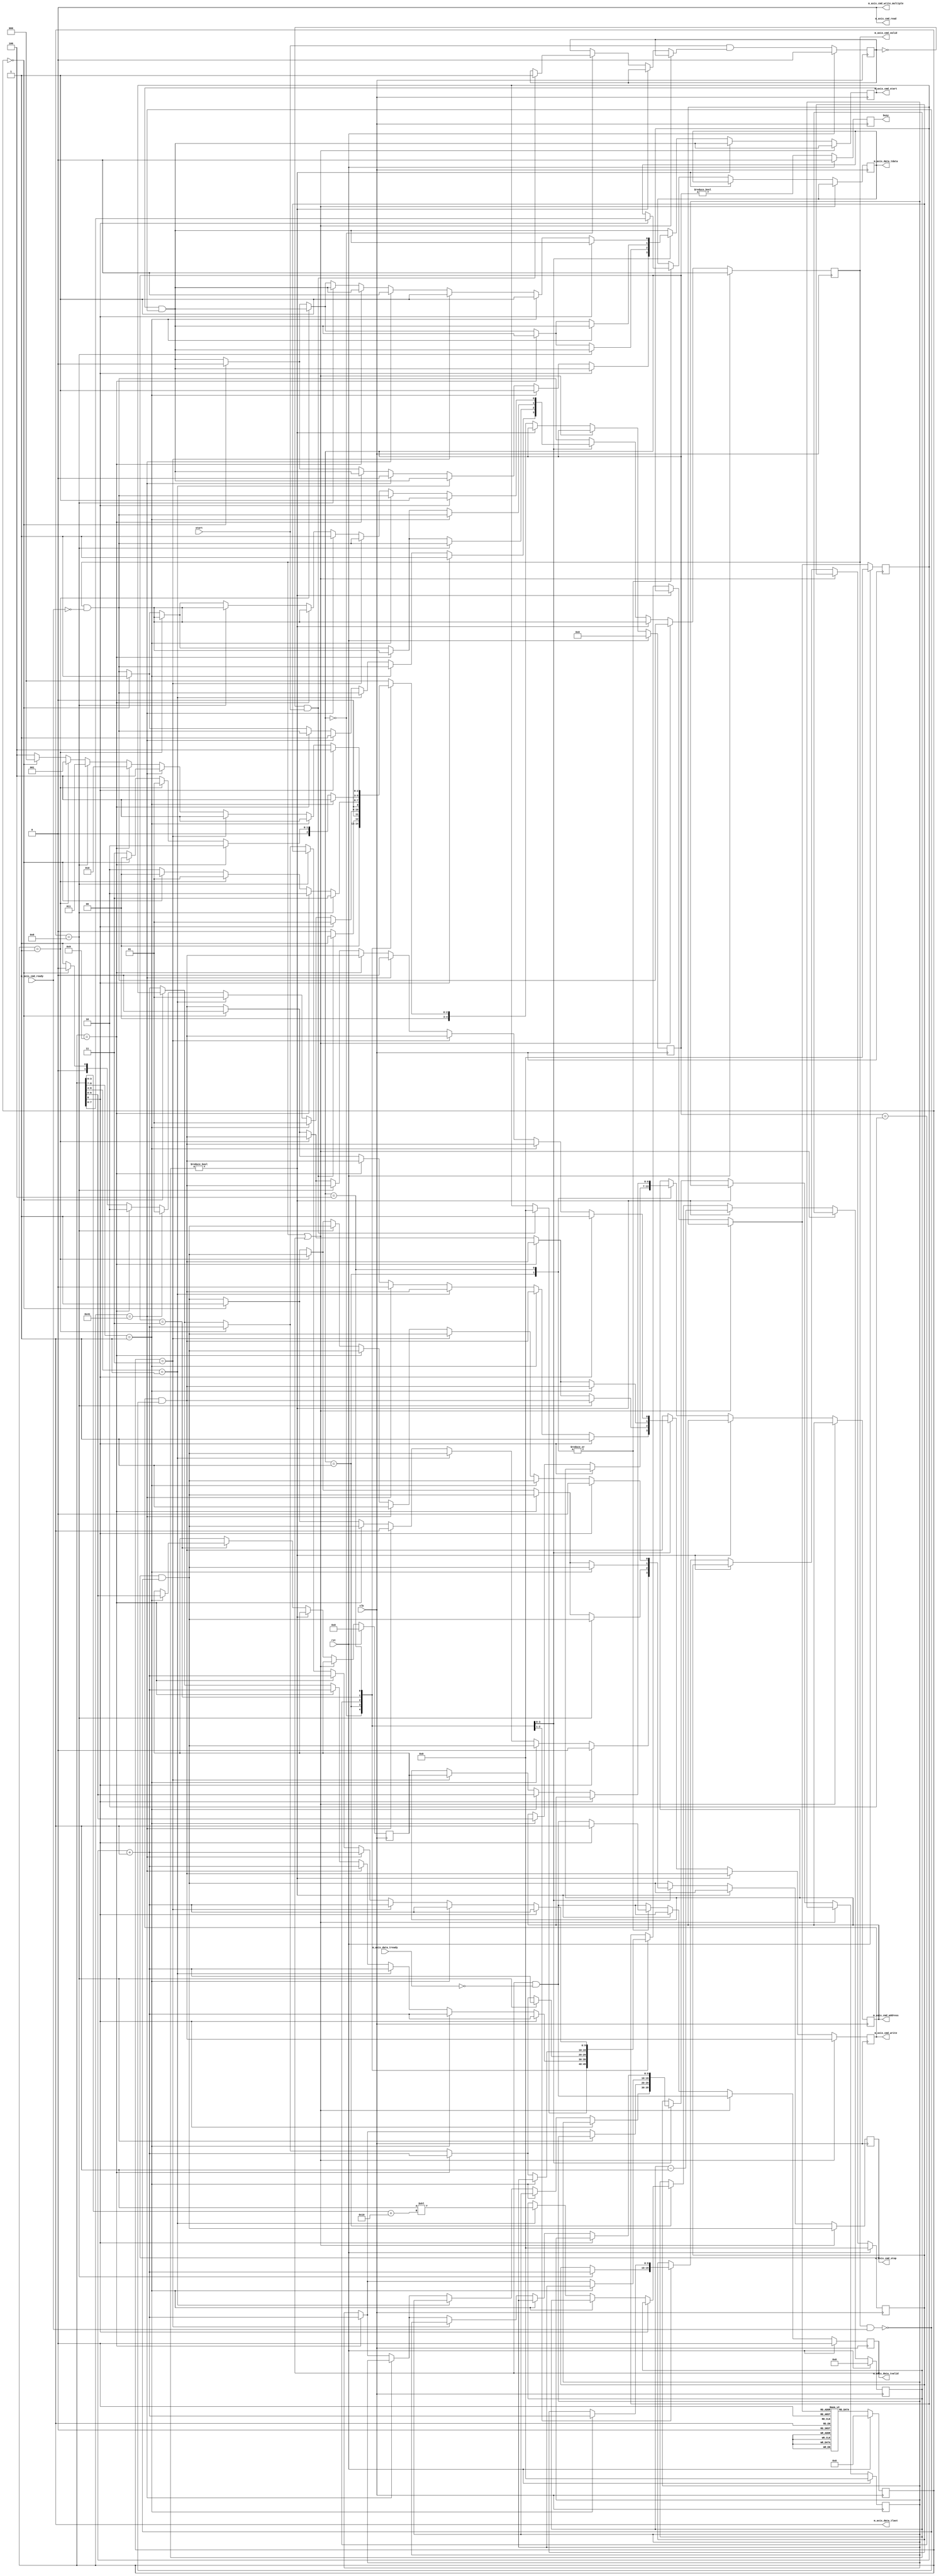
/*

Copyright (c) 2015-2021 Alex Forencich

Permission is hereby granted, free of charge, to any person obtaining a copy
of this software and associated documentation files (the "Software"), to deal
in the Software without restriction, including without limitation the rights
to use, copy, modify, merge, publish, distribute, sublicense, and/or sell
copies of the Software, and to permit persons to whom the Software is
furnished to do so, subject to the following conditions:

The above copyright notice and this permission notice shall be included in
all copies or substantial portions of the Software.

THE SOFTWARE IS PROVIDED "AS IS", WITHOUT WARRANTY OF ANY KIND, EXPRESS OR
IMPLIED, INCLUDING BUT NOT LIMITED TO THE WARRANTIES OF MERCHANTABILITY
FITNESS FOR A PARTICULAR PURPOSE AND NONINFRINGEMENT. IN NO EVENT SHALL THE
AUTHORS OR COPYRIGHT HOLDERS BE LIABLE FOR ANY CLAIM, DAMAGES OR OTHER
LIABILITY, WHETHER IN AN ACTION OF CONTRACT, TORT OR OTHERWISE, ARISING FROM,
OUT OF OR IN CONNECTION WITH THE SOFTWARE OR THE USE OR OTHER DEALINGS IN
THE SOFTWARE.

*/

// Language: Verilog 2001

`timescale 1ns / 1ps

/*
 * si5341_i2c_init
 */
module si5341_i2c_init (
    input  wire        clk,
    input  wire        rst,

    /*
     * I2C master interface
     */
    output wire [6:0]  m_axis_cmd_address,
    output wire        m_axis_cmd_start,
    output wire        m_axis_cmd_read,
    output wire        m_axis_cmd_write,
    output wire        m_axis_cmd_write_multiple,
    output wire        m_axis_cmd_stop,
    output wire        m_axis_cmd_valid,
    input  wire        m_axis_cmd_ready,

    output wire [7:0]  m_axis_data_tdata,
    output wire        m_axis_data_tvalid,
    input  wire        m_axis_data_tready,
    output wire        m_axis_data_tlast,

    /*
     * Status
     */
    output wire        busy,

    /*
     * Configuration
     */
    input  wire        start
);

/*

Generic module for I2C bus initialization.  Good for use when multiple devices
on an I2C bus must be initialized on system start without intervention of a
general-purpose processor.

Copy this file and change init_data and INIT_DATA_LEN as needed.

This module can be used in two modes: simple device initialization, or multiple
device initialization.  In multiple device mode, the same initialization sequence
can be performed on multiple different device addresses.

To use single device mode, only use the start write to address and write data commands.
The module will generate the I2C commands in sequential order.  Terminate the list
with a 0 entry.

To use the multiple device mode, use the start data and start address block commands
to set up lists of initialization data and device addresses.  The module enters
multiple device mode upon seeing a start data block command.  The module stores the
offset of the start of the data block and then skips ahead until it reaches a start
address block command.  The module will store the offset to the address block and
read the first address in the block.  Then it will jump back to the data block
and execute it, substituting the stored address for each current address write
command.  Upon reaching the start address block command, the module will read out the
next address and start again at the top of the data block.  If the module encounters
a start data block command while looking for an address, then it will store a new data
offset and then look for a start address block command.  Terminate the list with a 0
entry.  Normal address commands will operate normally inside a data block.

Commands:

00 0000000 : stop
00 0000001 : exit multiple device mode
00 0000011 : start write to current address
00 0001000 : start address block
00 0001001 : start data block
00 001dddd : delay 2**(16+d) cycles
00 1000001 : send I2C stop
01 aaaaaaa : start write to address
1 dddddddd : write 8-bit data

Examples

write 0x11223344 to register 0x0004 on device at 0x50

01 1010000  start write to 0x50
1 00000000  write address 0x0004
1 00000100
1 00010001  write data 0x11223344
1 00100010
1 00110011
1 01000100
0 00000000  stop

write 0x11223344 to register 0x0004 on devices at 0x50, 0x51, 0x52, and 0x53

00 0001001  start data block
00 0000011  start write to current address
1 00000000  write address 0x0004
1 00000100
1 00010001  write data 0x11223344
1 00100010
1 00110011
1 01000100
00 0001000  start address block
01 1010000  address 0x50
01 1010001  address 0x51
01 1010010  address 0x52
01 1010011  address 0x53
00 0000000  stop

*/

// init_data ROM
localparam INIT_DATA_LEN = 536;

reg [8:0] init_data [INIT_DATA_LEN-1:0];

initial begin
    // Initial delay
    init_data[0] = 9'b000010110; // delay 30 ms
    // Set muxes to select Si5341
    init_data[1] = {2'b01, 7'h70};
    init_data[2] = {1'b1,  8'h00};
    init_data[3] = 9'b001000001; // I2C stop
    init_data[4] = {2'b01, 7'h71};
    init_data[5] = {1'b1,  8'h04};
    init_data[6] = 9'b001000001; // I2C stop
    // Si534x/7x/8x/9x Registers Script
    // 
    // Part: Si5341
    // Project File: C:\Users\Alex\Documents\Si5341-RevD-fpga-161-osc-Project.slabtimeproj
    // Design ID: fpga
    // Includes Pre/Post Download Control Register Writes: Yes
    // Die Revision: B1
    // Creator: ClockBuilder Pro v3.1 [2021-01-18]
    // 
    // Start configuration preamble
    init_data[7] = {2'b01, 7'h77};
    init_data[8] = {1'b1,  8'h01};
    init_data[9] = {1'b1,  8'h0b}; // set page 0x0b
    init_data[10] = {2'b01, 7'h77};
    init_data[11] = {1'b1,  8'h24};
    init_data[12] = {1'b1,  8'hc0}; // write 0xc0 to 0x0b24
    init_data[13] = {1'b1,  8'h00}; // write 0x00 to 0x0b25
    // Rev D stuck divider fix
    init_data[14] = {2'b01, 7'h77};
    init_data[15] = {1'b1,  8'h01};
    init_data[16] = {1'b1,  8'h05}; // set page 0x05
    init_data[17] = {2'b01, 7'h77};
    init_data[18] = {1'b1,  8'h02};
    init_data[19] = {1'b1,  8'h01}; // write 0x01 to 0x0502
    init_data[20] = {2'b01, 7'h77};
    init_data[21] = {1'b1,  8'h05};
    init_data[22] = {1'b1,  8'h03}; // write 0x03 to 0x0505
    init_data[23] = {2'b01, 7'h77};
    init_data[24] = {1'b1,  8'h01};
    init_data[25] = {1'b1,  8'h09}; // set page 0x09
    init_data[26] = {2'b01, 7'h77};
    init_data[27] = {1'b1,  8'h57};
    init_data[28] = {1'b1,  8'h17}; // write 0x17 to 0x0957
    init_data[29] = {2'b01, 7'h77};
    init_data[30] = {1'b1,  8'h01};
    init_data[31] = {1'b1,  8'h0b}; // set page 0x0b
    init_data[32] = {2'b01, 7'h77};
    init_data[33] = {1'b1,  8'h4e};
    init_data[34] = {1'b1,  8'h1a}; // write 0x1a to 0x0b4e
    // End configuration preamble
    // 
    // Delay 300 msec
    init_data[35] = 9'b000011010; // delay 300 ms
    // Delay is worst case time for device to complete any calibration
    // that is running due to device state change previous to this script
    // being processed.
    // 
    // Start configuration registers
    init_data[36] = {2'b01, 7'h77};
    init_data[37] = {1'b1,  8'h01};
    init_data[38] = {1'b1,  8'h00}; // set page 0x00
    init_data[39] = {2'b01, 7'h77};
    init_data[40] = {1'b1,  8'h06};
    init_data[41] = {1'b1,  8'h00}; // write 0x00 to 0x0006
    init_data[42] = {1'b1,  8'h00}; // write 0x00 to 0x0007
    init_data[43] = {1'b1,  8'h00}; // write 0x00 to 0x0008
    init_data[44] = {2'b01, 7'h77};
    init_data[45] = {1'b1,  8'h0b};
    init_data[46] = {1'b1,  8'h74}; // write 0x74 to 0x000b
    init_data[47] = {2'b01, 7'h77};
    init_data[48] = {1'b1,  8'h17};
    init_data[49] = {1'b1,  8'hd0}; // write 0xd0 to 0x0017
    init_data[50] = {1'b1,  8'hfc}; // write 0xfc to 0x0018
    init_data[51] = {2'b01, 7'h77};
    init_data[52] = {1'b1,  8'h21};
    init_data[53] = {1'b1,  8'h0b}; // write 0x0b to 0x0021
    init_data[54] = {1'b1,  8'h00}; // write 0x00 to 0x0022
    init_data[55] = {2'b01, 7'h77};
    init_data[56] = {1'b1,  8'h2b};
    init_data[57] = {1'b1,  8'h02}; // write 0x02 to 0x002b
    init_data[58] = {1'b1,  8'h33}; // write 0x33 to 0x002c
    init_data[59] = {1'b1,  8'h05}; // write 0x05 to 0x002d
    init_data[60] = {1'b1,  8'hae}; // write 0xae to 0x002e
    init_data[61] = {1'b1,  8'h00}; // write 0x00 to 0x002f
    init_data[62] = {1'b1,  8'hae}; // write 0xae to 0x0030
    init_data[63] = {1'b1,  8'h00}; // write 0x00 to 0x0031
    init_data[64] = {1'b1,  8'h00}; // write 0x00 to 0x0032
    init_data[65] = {1'b1,  8'h00}; // write 0x00 to 0x0033
    init_data[66] = {1'b1,  8'h00}; // write 0x00 to 0x0034
    init_data[67] = {1'b1,  8'h00}; // write 0x00 to 0x0035
    init_data[68] = {1'b1,  8'hae}; // write 0xae to 0x0036
    init_data[69] = {1'b1,  8'h00}; // write 0x00 to 0x0037
    init_data[70] = {1'b1,  8'hae}; // write 0xae to 0x0038
    init_data[71] = {1'b1,  8'h00}; // write 0x00 to 0x0039
    init_data[72] = {1'b1,  8'h00}; // write 0x00 to 0x003a
    init_data[73] = {1'b1,  8'h00}; // write 0x00 to 0x003b
    init_data[74] = {1'b1,  8'h00}; // write 0x00 to 0x003c
    init_data[75] = {1'b1,  8'h00}; // write 0x00 to 0x003d
    init_data[76] = {2'b01, 7'h77};
    init_data[77] = {1'b1,  8'h41};
    init_data[78] = {1'b1,  8'h07}; // write 0x07 to 0x0041
    init_data[79] = {1'b1,  8'h07}; // write 0x07 to 0x0042
    init_data[80] = {1'b1,  8'h00}; // write 0x00 to 0x0043
    init_data[81] = {1'b1,  8'h00}; // write 0x00 to 0x0044
    init_data[82] = {2'b01, 7'h77};
    init_data[83] = {1'b1,  8'h9e};
    init_data[84] = {1'b1,  8'h00}; // write 0x00 to 0x009e
    init_data[85] = {2'b01, 7'h77};
    init_data[86] = {1'b1,  8'h01};
    init_data[87] = {1'b1,  8'h01}; // set page 0x01
    init_data[88] = {2'b01, 7'h77};
    init_data[89] = {1'b1,  8'h02};
    init_data[90] = {1'b1,  8'h01}; // write 0x01 to 0x0102
    init_data[91] = {2'b01, 7'h77};
    init_data[92] = {1'b1,  8'h08};
    init_data[93] = {1'b1,  8'h06}; // write 0x06 to 0x0108
    init_data[94] = {1'b1,  8'h09}; // write 0x09 to 0x0109
    init_data[95] = {1'b1,  8'h3b}; // write 0x3b to 0x010a
    init_data[96] = {1'b1,  8'h28}; // write 0x28 to 0x010b
    init_data[97] = {2'b01, 7'h77};
    init_data[98] = {1'b1,  8'h0d};
    init_data[99] = {1'b1,  8'h06}; // write 0x06 to 0x010d
    init_data[100] = {1'b1,  8'h09}; // write 0x09 to 0x010e
    init_data[101] = {1'b1,  8'h3b}; // write 0x3b to 0x010f
    init_data[102] = {1'b1,  8'h28}; // write 0x28 to 0x0110
    init_data[103] = {2'b01, 7'h77};
    init_data[104] = {1'b1,  8'h12};
    init_data[105] = {1'b1,  8'h02}; // write 0x02 to 0x0112
    init_data[106] = {1'b1,  8'h09}; // write 0x09 to 0x0113
    init_data[107] = {1'b1,  8'h3b}; // write 0x3b to 0x0114
    init_data[108] = {1'b1,  8'h2c}; // write 0x2c to 0x0115
    init_data[109] = {2'b01, 7'h77};
    init_data[110] = {1'b1,  8'h17};
    init_data[111] = {1'b1,  8'h06}; // write 0x06 to 0x0117
    init_data[112] = {1'b1,  8'h09}; // write 0x09 to 0x0118
    init_data[113] = {1'b1,  8'h3b}; // write 0x3b to 0x0119
    init_data[114] = {1'b1,  8'h29}; // write 0x29 to 0x011a
    init_data[115] = {2'b01, 7'h77};
    init_data[116] = {1'b1,  8'h1c};
    init_data[117] = {1'b1,  8'h06}; // write 0x06 to 0x011c
    init_data[118] = {1'b1,  8'h09}; // write 0x09 to 0x011d
    init_data[119] = {1'b1,  8'h3b}; // write 0x3b to 0x011e
    init_data[120] = {1'b1,  8'h29}; // write 0x29 to 0x011f
    init_data[121] = {2'b01, 7'h77};
    init_data[122] = {1'b1,  8'h21};
    init_data[123] = {1'b1,  8'h06}; // write 0x06 to 0x0121
    init_data[124] = {1'b1,  8'h09}; // write 0x09 to 0x0122
    init_data[125] = {1'b1,  8'h3b}; // write 0x3b to 0x0123
    init_data[126] = {1'b1,  8'h2a}; // write 0x2a to 0x0124
    init_data[127] = {2'b01, 7'h77};
    init_data[128] = {1'b1,  8'h26};
    init_data[129] = {1'b1,  8'h06}; // write 0x06 to 0x0126
    init_data[130] = {1'b1,  8'h09}; // write 0x09 to 0x0127
    init_data[131] = {1'b1,  8'h3b}; // write 0x3b to 0x0128
    init_data[132] = {1'b1,  8'h2a}; // write 0x2a to 0x0129
    init_data[133] = {2'b01, 7'h77};
    init_data[134] = {1'b1,  8'h2b};
    init_data[135] = {1'b1,  8'h06}; // write 0x06 to 0x012b
    init_data[136] = {1'b1,  8'h09}; // write 0x09 to 0x012c
    init_data[137] = {1'b1,  8'h3b}; // write 0x3b to 0x012d
    init_data[138] = {1'b1,  8'h2b}; // write 0x2b to 0x012e
    init_data[139] = {2'b01, 7'h77};
    init_data[140] = {1'b1,  8'h30};
    init_data[141] = {1'b1,  8'h06}; // write 0x06 to 0x0130
    init_data[142] = {1'b1,  8'h09}; // write 0x09 to 0x0131
    init_data[143] = {1'b1,  8'h3b}; // write 0x3b to 0x0132
    init_data[144] = {1'b1,  8'h2b}; // write 0x2b to 0x0133
    init_data[145] = {2'b01, 7'h77};
    init_data[146] = {1'b1,  8'h3a};
    init_data[147] = {1'b1,  8'h06}; // write 0x06 to 0x013a
    init_data[148] = {1'b1,  8'h09}; // write 0x09 to 0x013b
    init_data[149] = {1'b1,  8'h3b}; // write 0x3b to 0x013c
    init_data[150] = {1'b1,  8'h2b}; // write 0x2b to 0x013d
    init_data[151] = {2'b01, 7'h77};
    init_data[152] = {1'b1,  8'h3f};
    init_data[153] = {1'b1,  8'h00}; // write 0x00 to 0x013f
    init_data[154] = {1'b1,  8'h00}; // write 0x00 to 0x0140
    init_data[155] = {1'b1,  8'h40}; // write 0x40 to 0x0141
    init_data[156] = {2'b01, 7'h77};
    init_data[157] = {1'b1,  8'h01};
    init_data[158] = {1'b1,  8'h02}; // set page 0x02
    init_data[159] = {2'b01, 7'h77};
    init_data[160] = {1'b1,  8'h06};
    init_data[161] = {1'b1,  8'h00}; // write 0x00 to 0x0206
    init_data[162] = {2'b01, 7'h77};
    init_data[163] = {1'b1,  8'h08};
    init_data[164] = {1'b1,  8'h02}; // write 0x02 to 0x0208
    init_data[165] = {1'b1,  8'h00}; // write 0x00 to 0x0209
    init_data[166] = {1'b1,  8'h00}; // write 0x00 to 0x020a
    init_data[167] = {1'b1,  8'h00}; // write 0x00 to 0x020b
    init_data[168] = {1'b1,  8'h00}; // write 0x00 to 0x020c
    init_data[169] = {1'b1,  8'h00}; // write 0x00 to 0x020d
    init_data[170] = {1'b1,  8'h01}; // write 0x01 to 0x020e
    init_data[171] = {1'b1,  8'h00}; // write 0x00 to 0x020f
    init_data[172] = {1'b1,  8'h00}; // write 0x00 to 0x0210
    init_data[173] = {1'b1,  8'h00}; // write 0x00 to 0x0211
    init_data[174] = {1'b1,  8'h02}; // write 0x02 to 0x0212
    init_data[175] = {1'b1,  8'h00}; // write 0x00 to 0x0213
    init_data[176] = {1'b1,  8'h00}; // write 0x00 to 0x0214
    init_data[177] = {1'b1,  8'h00}; // write 0x00 to 0x0215
    init_data[178] = {1'b1,  8'h00}; // write 0x00 to 0x0216
    init_data[179] = {1'b1,  8'h00}; // write 0x00 to 0x0217
    init_data[180] = {1'b1,  8'h01}; // write 0x01 to 0x0218
    init_data[181] = {1'b1,  8'h00}; // write 0x00 to 0x0219
    init_data[182] = {1'b1,  8'h00}; // write 0x00 to 0x021a
    init_data[183] = {1'b1,  8'h00}; // write 0x00 to 0x021b
    init_data[184] = {1'b1,  8'h00}; // write 0x00 to 0x021c
    init_data[185] = {1'b1,  8'h00}; // write 0x00 to 0x021d
    init_data[186] = {1'b1,  8'h00}; // write 0x00 to 0x021e
    init_data[187] = {1'b1,  8'h00}; // write 0x00 to 0x021f
    init_data[188] = {1'b1,  8'h00}; // write 0x00 to 0x0220
    init_data[189] = {1'b1,  8'h00}; // write 0x00 to 0x0221
    init_data[190] = {1'b1,  8'h00}; // write 0x00 to 0x0222
    init_data[191] = {1'b1,  8'h00}; // write 0x00 to 0x0223
    init_data[192] = {1'b1,  8'h00}; // write 0x00 to 0x0224
    init_data[193] = {1'b1,  8'h00}; // write 0x00 to 0x0225
    init_data[194] = {1'b1,  8'h00}; // write 0x00 to 0x0226
    init_data[195] = {1'b1,  8'h00}; // write 0x00 to 0x0227
    init_data[196] = {1'b1,  8'h00}; // write 0x00 to 0x0228
    init_data[197] = {1'b1,  8'h00}; // write 0x00 to 0x0229
    init_data[198] = {1'b1,  8'h00}; // write 0x00 to 0x022a
    init_data[199] = {1'b1,  8'h00}; // write 0x00 to 0x022b
    init_data[200] = {1'b1,  8'h00}; // write 0x00 to 0x022c
    init_data[201] = {1'b1,  8'h00}; // write 0x00 to 0x022d
    init_data[202] = {1'b1,  8'h00}; // write 0x00 to 0x022e
    init_data[203] = {1'b1,  8'h00}; // write 0x00 to 0x022f
    init_data[204] = {2'b01, 7'h77};
    init_data[205] = {1'b1,  8'h35};
    init_data[206] = {1'b1,  8'h00}; // write 0x00 to 0x0235
    init_data[207] = {1'b1,  8'h00}; // write 0x00 to 0x0236
    init_data[208] = {1'b1,  8'h00}; // write 0x00 to 0x0237
    init_data[209] = {1'b1,  8'h90}; // write 0x90 to 0x0238
    init_data[210] = {1'b1,  8'h54}; // write 0x54 to 0x0239
    init_data[211] = {1'b1,  8'h00}; // write 0x00 to 0x023a
    init_data[212] = {1'b1,  8'h00}; // write 0x00 to 0x023b
    init_data[213] = {1'b1,  8'h00}; // write 0x00 to 0x023c
    init_data[214] = {1'b1,  8'h00}; // write 0x00 to 0x023d
    init_data[215] = {1'b1,  8'h80}; // write 0x80 to 0x023e
    init_data[216] = {2'b01, 7'h77};
    init_data[217] = {1'b1,  8'h4a};
    init_data[218] = {1'b1,  8'h00}; // write 0x00 to 0x024a
    init_data[219] = {1'b1,  8'h00}; // write 0x00 to 0x024b
    init_data[220] = {1'b1,  8'h00}; // write 0x00 to 0x024c
    init_data[221] = {1'b1,  8'h00}; // write 0x00 to 0x024d
    init_data[222] = {1'b1,  8'h00}; // write 0x00 to 0x024e
    init_data[223] = {1'b1,  8'h00}; // write 0x00 to 0x024f
    init_data[224] = {1'b1,  8'h03}; // write 0x03 to 0x0250
    init_data[225] = {1'b1,  8'h00}; // write 0x00 to 0x0251
    init_data[226] = {1'b1,  8'h00}; // write 0x00 to 0x0252
    init_data[227] = {1'b1,  8'h00}; // write 0x00 to 0x0253
    init_data[228] = {1'b1,  8'h00}; // write 0x00 to 0x0254
    init_data[229] = {1'b1,  8'h00}; // write 0x00 to 0x0255
    init_data[230] = {1'b1,  8'h00}; // write 0x00 to 0x0256
    init_data[231] = {1'b1,  8'h00}; // write 0x00 to 0x0257
    init_data[232] = {1'b1,  8'h00}; // write 0x00 to 0x0258
    init_data[233] = {1'b1,  8'h00}; // write 0x00 to 0x0259
    init_data[234] = {1'b1,  8'h00}; // write 0x00 to 0x025a
    init_data[235] = {1'b1,  8'h00}; // write 0x00 to 0x025b
    init_data[236] = {1'b1,  8'h00}; // write 0x00 to 0x025c
    init_data[237] = {1'b1,  8'h00}; // write 0x00 to 0x025d
    init_data[238] = {1'b1,  8'h00}; // write 0x00 to 0x025e
    init_data[239] = {1'b1,  8'h00}; // write 0x00 to 0x025f
    init_data[240] = {1'b1,  8'h00}; // write 0x00 to 0x0260
    init_data[241] = {1'b1,  8'h00}; // write 0x00 to 0x0261
    init_data[242] = {1'b1,  8'h00}; // write 0x00 to 0x0262
    init_data[243] = {1'b1,  8'h00}; // write 0x00 to 0x0263
    init_data[244] = {1'b1,  8'h00}; // write 0x00 to 0x0264
    init_data[245] = {2'b01, 7'h77};
    init_data[246] = {1'b1,  8'h68};
    init_data[247] = {1'b1,  8'h00}; // write 0x00 to 0x0268
    init_data[248] = {1'b1,  8'h00}; // write 0x00 to 0x0269
    init_data[249] = {1'b1,  8'h00}; // write 0x00 to 0x026a
    init_data[250] = {1'b1,  8'h66}; // write 0x66 to 0x026b
    init_data[251] = {1'b1,  8'h70}; // write 0x70 to 0x026c
    init_data[252] = {1'b1,  8'h67}; // write 0x67 to 0x026d
    init_data[253] = {1'b1,  8'h61}; // write 0x61 to 0x026e
    init_data[254] = {1'b1,  8'h00}; // write 0x00 to 0x026f
    init_data[255] = {1'b1,  8'h00}; // write 0x00 to 0x0270
    init_data[256] = {1'b1,  8'h00}; // write 0x00 to 0x0271
    init_data[257] = {1'b1,  8'h00}; // write 0x00 to 0x0272
    init_data[258] = {2'b01, 7'h77};
    init_data[259] = {1'b1,  8'h01};
    init_data[260] = {1'b1,  8'h03}; // set page 0x03
    init_data[261] = {2'b01, 7'h77};
    init_data[262] = {1'b1,  8'h02};
    init_data[263] = {1'b1,  8'h00}; // write 0x00 to 0x0302
    init_data[264] = {1'b1,  8'h00}; // write 0x00 to 0x0303
    init_data[265] = {1'b1,  8'h00}; // write 0x00 to 0x0304
    init_data[266] = {1'b1,  8'h80}; // write 0x80 to 0x0305
    init_data[267] = {1'b1,  8'h14}; // write 0x14 to 0x0306
    init_data[268] = {1'b1,  8'h00}; // write 0x00 to 0x0307
    init_data[269] = {1'b1,  8'h00}; // write 0x00 to 0x0308
    init_data[270] = {1'b1,  8'h00}; // write 0x00 to 0x0309
    init_data[271] = {1'b1,  8'h00}; // write 0x00 to 0x030a
    init_data[272] = {1'b1,  8'h80}; // write 0x80 to 0x030b
    init_data[273] = {1'b1,  8'h00}; // write 0x00 to 0x030c
    init_data[274] = {1'b1,  8'h00}; // write 0x00 to 0x030d
    init_data[275] = {1'b1,  8'h00}; // write 0x00 to 0x030e
    init_data[276] = {1'b1,  8'h00}; // write 0x00 to 0x030f
    init_data[277] = {1'b1,  8'h80}; // write 0x80 to 0x0310
    init_data[278] = {1'b1,  8'h14}; // write 0x14 to 0x0311
    init_data[279] = {1'b1,  8'h00}; // write 0x00 to 0x0312
    init_data[280] = {1'b1,  8'h00}; // write 0x00 to 0x0313
    init_data[281] = {1'b1,  8'h00}; // write 0x00 to 0x0314
    init_data[282] = {1'b1,  8'h00}; // write 0x00 to 0x0315
    init_data[283] = {1'b1,  8'h80}; // write 0x80 to 0x0316
    init_data[284] = {1'b1,  8'h00}; // write 0x00 to 0x0317
    init_data[285] = {1'b1,  8'h00}; // write 0x00 to 0x0318
    init_data[286] = {1'b1,  8'h00}; // write 0x00 to 0x0319
    init_data[287] = {1'b1,  8'h00}; // write 0x00 to 0x031a
    init_data[288] = {1'b1,  8'h80}; // write 0x80 to 0x031b
    init_data[289] = {1'b1,  8'h14}; // write 0x14 to 0x031c
    init_data[290] = {1'b1,  8'h00}; // write 0x00 to 0x031d
    init_data[291] = {1'b1,  8'h00}; // write 0x00 to 0x031e
    init_data[292] = {1'b1,  8'h00}; // write 0x00 to 0x031f
    init_data[293] = {1'b1,  8'h00}; // write 0x00 to 0x0320
    init_data[294] = {1'b1,  8'h80}; // write 0x80 to 0x0321
    init_data[295] = {1'b1,  8'h00}; // write 0x00 to 0x0322
    init_data[296] = {1'b1,  8'h00}; // write 0x00 to 0x0323
    init_data[297] = {1'b1,  8'h00}; // write 0x00 to 0x0324
    init_data[298] = {1'b1,  8'h00}; // write 0x00 to 0x0325
    init_data[299] = {1'b1,  8'h80}; // write 0x80 to 0x0326
    init_data[300] = {1'b1,  8'h14}; // write 0x14 to 0x0327
    init_data[301] = {1'b1,  8'h00}; // write 0x00 to 0x0328
    init_data[302] = {1'b1,  8'h00}; // write 0x00 to 0x0329
    init_data[303] = {1'b1,  8'h00}; // write 0x00 to 0x032a
    init_data[304] = {1'b1,  8'h00}; // write 0x00 to 0x032b
    init_data[305] = {1'b1,  8'h80}; // write 0x80 to 0x032c
    init_data[306] = {1'b1,  8'h00}; // write 0x00 to 0x032d
    init_data[307] = {1'b1,  8'h00}; // write 0x00 to 0x032e
    init_data[308] = {1'b1,  8'h00}; // write 0x00 to 0x032f
    init_data[309] = {1'b1,  8'h10}; // write 0x10 to 0x0330
    init_data[310] = {1'b1,  8'h42}; // write 0x42 to 0x0331
    init_data[311] = {1'b1,  8'h08}; // write 0x08 to 0x0332
    init_data[312] = {1'b1,  8'h00}; // write 0x00 to 0x0333
    init_data[313] = {1'b1,  8'h00}; // write 0x00 to 0x0334
    init_data[314] = {1'b1,  8'h00}; // write 0x00 to 0x0335
    init_data[315] = {1'b1,  8'h00}; // write 0x00 to 0x0336
    init_data[316] = {1'b1,  8'h80}; // write 0x80 to 0x0337
    init_data[317] = {1'b1,  8'h00}; // write 0x00 to 0x0338
    init_data[318] = {1'b1,  8'h1f}; // write 0x1f to 0x0339
    init_data[319] = {2'b01, 7'h77};
    init_data[320] = {1'b1,  8'h3b};
    init_data[321] = {1'b1,  8'h00}; // write 0x00 to 0x033b
    init_data[322] = {1'b1,  8'h00}; // write 0x00 to 0x033c
    init_data[323] = {1'b1,  8'h00}; // write 0x00 to 0x033d
    init_data[324] = {1'b1,  8'h00}; // write 0x00 to 0x033e
    init_data[325] = {1'b1,  8'h00}; // write 0x00 to 0x033f
    init_data[326] = {1'b1,  8'h00}; // write 0x00 to 0x0340
    init_data[327] = {1'b1,  8'h00}; // write 0x00 to 0x0341
    init_data[328] = {1'b1,  8'h00}; // write 0x00 to 0x0342
    init_data[329] = {1'b1,  8'h00}; // write 0x00 to 0x0343
    init_data[330] = {1'b1,  8'h00}; // write 0x00 to 0x0344
    init_data[331] = {1'b1,  8'h00}; // write 0x00 to 0x0345
    init_data[332] = {1'b1,  8'h00}; // write 0x00 to 0x0346
    init_data[333] = {1'b1,  8'h00}; // write 0x00 to 0x0347
    init_data[334] = {1'b1,  8'h00}; // write 0x00 to 0x0348
    init_data[335] = {1'b1,  8'h00}; // write 0x00 to 0x0349
    init_data[336] = {1'b1,  8'h00}; // write 0x00 to 0x034a
    init_data[337] = {1'b1,  8'h00}; // write 0x00 to 0x034b
    init_data[338] = {1'b1,  8'h00}; // write 0x00 to 0x034c
    init_data[339] = {1'b1,  8'h00}; // write 0x00 to 0x034d
    init_data[340] = {1'b1,  8'h00}; // write 0x00 to 0x034e
    init_data[341] = {1'b1,  8'h00}; // write 0x00 to 0x034f
    init_data[342] = {1'b1,  8'h00}; // write 0x00 to 0x0350
    init_data[343] = {1'b1,  8'h00}; // write 0x00 to 0x0351
    init_data[344] = {1'b1,  8'h00}; // write 0x00 to 0x0352
    init_data[345] = {1'b1,  8'h00}; // write 0x00 to 0x0353
    init_data[346] = {1'b1,  8'h00}; // write 0x00 to 0x0354
    init_data[347] = {1'b1,  8'h00}; // write 0x00 to 0x0355
    init_data[348] = {1'b1,  8'h00}; // write 0x00 to 0x0356
    init_data[349] = {1'b1,  8'h00}; // write 0x00 to 0x0357
    init_data[350] = {1'b1,  8'h00}; // write 0x00 to 0x0358
    init_data[351] = {1'b1,  8'h00}; // write 0x00 to 0x0359
    init_data[352] = {1'b1,  8'h00}; // write 0x00 to 0x035a
    init_data[353] = {1'b1,  8'h00}; // write 0x00 to 0x035b
    init_data[354] = {1'b1,  8'h00}; // write 0x00 to 0x035c
    init_data[355] = {1'b1,  8'h00}; // write 0x00 to 0x035d
    init_data[356] = {1'b1,  8'h00}; // write 0x00 to 0x035e
    init_data[357] = {1'b1,  8'h00}; // write 0x00 to 0x035f
    init_data[358] = {1'b1,  8'h00}; // write 0x00 to 0x0360
    init_data[359] = {1'b1,  8'h00}; // write 0x00 to 0x0361
    init_data[360] = {1'b1,  8'h00}; // write 0x00 to 0x0362
    init_data[361] = {2'b01, 7'h77};
    init_data[362] = {1'b1,  8'h01};
    init_data[363] = {1'b1,  8'h08}; // set page 0x08
    init_data[364] = {2'b01, 7'h77};
    init_data[365] = {1'b1,  8'h02};
    init_data[366] = {1'b1,  8'h00}; // write 0x00 to 0x0802
    init_data[367] = {1'b1,  8'h00}; // write 0x00 to 0x0803
    init_data[368] = {1'b1,  8'h00}; // write 0x00 to 0x0804
    init_data[369] = {1'b1,  8'h00}; // write 0x00 to 0x0805
    init_data[370] = {1'b1,  8'h00}; // write 0x00 to 0x0806
    init_data[371] = {1'b1,  8'h00}; // write 0x00 to 0x0807
    init_data[372] = {1'b1,  8'h00}; // write 0x00 to 0x0808
    init_data[373] = {1'b1,  8'h00}; // write 0x00 to 0x0809
    init_data[374] = {1'b1,  8'h00}; // write 0x00 to 0x080a
    init_data[375] = {1'b1,  8'h00}; // write 0x00 to 0x080b
    init_data[376] = {1'b1,  8'h00}; // write 0x00 to 0x080c
    init_data[377] = {1'b1,  8'h00}; // write 0x00 to 0x080d
    init_data[378] = {1'b1,  8'h00}; // write 0x00 to 0x080e
    init_data[379] = {1'b1,  8'h00}; // write 0x00 to 0x080f
    init_data[380] = {1'b1,  8'h00}; // write 0x00 to 0x0810
    init_data[381] = {1'b1,  8'h00}; // write 0x00 to 0x0811
    init_data[382] = {1'b1,  8'h00}; // write 0x00 to 0x0812
    init_data[383] = {1'b1,  8'h00}; // write 0x00 to 0x0813
    init_data[384] = {1'b1,  8'h00}; // write 0x00 to 0x0814
    init_data[385] = {1'b1,  8'h00}; // write 0x00 to 0x0815
    init_data[386] = {1'b1,  8'h00}; // write 0x00 to 0x0816
    init_data[387] = {1'b1,  8'h00}; // write 0x00 to 0x0817
    init_data[388] = {1'b1,  8'h00}; // write 0x00 to 0x0818
    init_data[389] = {1'b1,  8'h00}; // write 0x00 to 0x0819
    init_data[390] = {1'b1,  8'h00}; // write 0x00 to 0x081a
    init_data[391] = {1'b1,  8'h00}; // write 0x00 to 0x081b
    init_data[392] = {1'b1,  8'h00}; // write 0x00 to 0x081c
    init_data[393] = {1'b1,  8'h00}; // write 0x00 to 0x081d
    init_data[394] = {1'b1,  8'h00}; // write 0x00 to 0x081e
    init_data[395] = {1'b1,  8'h00}; // write 0x00 to 0x081f
    init_data[396] = {1'b1,  8'h00}; // write 0x00 to 0x0820
    init_data[397] = {1'b1,  8'h00}; // write 0x00 to 0x0821
    init_data[398] = {1'b1,  8'h00}; // write 0x00 to 0x0822
    init_data[399] = {1'b1,  8'h00}; // write 0x00 to 0x0823
    init_data[400] = {1'b1,  8'h00}; // write 0x00 to 0x0824
    init_data[401] = {1'b1,  8'h00}; // write 0x00 to 0x0825
    init_data[402] = {1'b1,  8'h00}; // write 0x00 to 0x0826
    init_data[403] = {1'b1,  8'h00}; // write 0x00 to 0x0827
    init_data[404] = {1'b1,  8'h00}; // write 0x00 to 0x0828
    init_data[405] = {1'b1,  8'h00}; // write 0x00 to 0x0829
    init_data[406] = {1'b1,  8'h00}; // write 0x00 to 0x082a
    init_data[407] = {1'b1,  8'h00}; // write 0x00 to 0x082b
    init_data[408] = {1'b1,  8'h00}; // write 0x00 to 0x082c
    init_data[409] = {1'b1,  8'h00}; // write 0x00 to 0x082d
    init_data[410] = {1'b1,  8'h00}; // write 0x00 to 0x082e
    init_data[411] = {1'b1,  8'h00}; // write 0x00 to 0x082f
    init_data[412] = {1'b1,  8'h00}; // write 0x00 to 0x0830
    init_data[413] = {1'b1,  8'h00}; // write 0x00 to 0x0831
    init_data[414] = {1'b1,  8'h00}; // write 0x00 to 0x0832
    init_data[415] = {1'b1,  8'h00}; // write 0x00 to 0x0833
    init_data[416] = {1'b1,  8'h00}; // write 0x00 to 0x0834
    init_data[417] = {1'b1,  8'h00}; // write 0x00 to 0x0835
    init_data[418] = {1'b1,  8'h00}; // write 0x00 to 0x0836
    init_data[419] = {1'b1,  8'h00}; // write 0x00 to 0x0837
    init_data[420] = {1'b1,  8'h00}; // write 0x00 to 0x0838
    init_data[421] = {1'b1,  8'h00}; // write 0x00 to 0x0839
    init_data[422] = {1'b1,  8'h00}; // write 0x00 to 0x083a
    init_data[423] = {1'b1,  8'h00}; // write 0x00 to 0x083b
    init_data[424] = {1'b1,  8'h00}; // write 0x00 to 0x083c
    init_data[425] = {1'b1,  8'h00}; // write 0x00 to 0x083d
    init_data[426] = {1'b1,  8'h00}; // write 0x00 to 0x083e
    init_data[427] = {1'b1,  8'h00}; // write 0x00 to 0x083f
    init_data[428] = {1'b1,  8'h00}; // write 0x00 to 0x0840
    init_data[429] = {1'b1,  8'h00}; // write 0x00 to 0x0841
    init_data[430] = {1'b1,  8'h00}; // write 0x00 to 0x0842
    init_data[431] = {1'b1,  8'h00}; // write 0x00 to 0x0843
    init_data[432] = {1'b1,  8'h00}; // write 0x00 to 0x0844
    init_data[433] = {1'b1,  8'h00}; // write 0x00 to 0x0845
    init_data[434] = {1'b1,  8'h00}; // write 0x00 to 0x0846
    init_data[435] = {1'b1,  8'h00}; // write 0x00 to 0x0847
    init_data[436] = {1'b1,  8'h00}; // write 0x00 to 0x0848
    init_data[437] = {1'b1,  8'h00}; // write 0x00 to 0x0849
    init_data[438] = {1'b1,  8'h00}; // write 0x00 to 0x084a
    init_data[439] = {1'b1,  8'h00}; // write 0x00 to 0x084b
    init_data[440] = {1'b1,  8'h00}; // write 0x00 to 0x084c
    init_data[441] = {1'b1,  8'h00}; // write 0x00 to 0x084d
    init_data[442] = {1'b1,  8'h00}; // write 0x00 to 0x084e
    init_data[443] = {1'b1,  8'h00}; // write 0x00 to 0x084f
    init_data[444] = {1'b1,  8'h00}; // write 0x00 to 0x0850
    init_data[445] = {1'b1,  8'h00}; // write 0x00 to 0x0851
    init_data[446] = {1'b1,  8'h00}; // write 0x00 to 0x0852
    init_data[447] = {1'b1,  8'h00}; // write 0x00 to 0x0853
    init_data[448] = {1'b1,  8'h00}; // write 0x00 to 0x0854
    init_data[449] = {1'b1,  8'h00}; // write 0x00 to 0x0855
    init_data[450] = {1'b1,  8'h00}; // write 0x00 to 0x0856
    init_data[451] = {1'b1,  8'h00}; // write 0x00 to 0x0857
    init_data[452] = {1'b1,  8'h00}; // write 0x00 to 0x0858
    init_data[453] = {1'b1,  8'h00}; // write 0x00 to 0x0859
    init_data[454] = {1'b1,  8'h00}; // write 0x00 to 0x085a
    init_data[455] = {1'b1,  8'h00}; // write 0x00 to 0x085b
    init_data[456] = {1'b1,  8'h00}; // write 0x00 to 0x085c
    init_data[457] = {1'b1,  8'h00}; // write 0x00 to 0x085d
    init_data[458] = {1'b1,  8'h00}; // write 0x00 to 0x085e
    init_data[459] = {1'b1,  8'h00}; // write 0x00 to 0x085f
    init_data[460] = {1'b1,  8'h00}; // write 0x00 to 0x0860
    init_data[461] = {1'b1,  8'h00}; // write 0x00 to 0x0861
    init_data[462] = {2'b01, 7'h77};
    init_data[463] = {1'b1,  8'h01};
    init_data[464] = {1'b1,  8'h09}; // set page 0x09
    init_data[465] = {2'b01, 7'h77};
    init_data[466] = {1'b1,  8'h0e};
    init_data[467] = {1'b1,  8'h00}; // write 0x00 to 0x090e
    init_data[468] = {2'b01, 7'h77};
    init_data[469] = {1'b1,  8'h1c};
    init_data[470] = {1'b1,  8'h04}; // write 0x04 to 0x091c
    init_data[471] = {2'b01, 7'h77};
    init_data[472] = {1'b1,  8'h43};
    init_data[473] = {1'b1,  8'h00}; // write 0x00 to 0x0943
    init_data[474] = {2'b01, 7'h77};
    init_data[475] = {1'b1,  8'h49};
    init_data[476] = {1'b1,  8'h03}; // write 0x03 to 0x0949
    init_data[477] = {1'b1,  8'h30}; // write 0x30 to 0x094a
    init_data[478] = {2'b01, 7'h77};
    init_data[479] = {1'b1,  8'h4e};
    init_data[480] = {1'b1,  8'h49}; // write 0x49 to 0x094e
    init_data[481] = {1'b1,  8'h02}; // write 0x02 to 0x094f
    init_data[482] = {2'b01, 7'h77};
    init_data[483] = {1'b1,  8'h5e};
    init_data[484] = {1'b1,  8'h00}; // write 0x00 to 0x095e
    init_data[485] = {2'b01, 7'h77};
    init_data[486] = {1'b1,  8'h01};
    init_data[487] = {1'b1,  8'h0a}; // set page 0x0a
    init_data[488] = {2'b01, 7'h77};
    init_data[489] = {1'b1,  8'h02};
    init_data[490] = {1'b1,  8'h00}; // write 0x00 to 0x0a02
    init_data[491] = {1'b1,  8'h1f}; // write 0x1f to 0x0a03
    init_data[492] = {1'b1,  8'h0f}; // write 0x0f to 0x0a04
    init_data[493] = {1'b1,  8'h1f}; // write 0x1f to 0x0a05
    init_data[494] = {2'b01, 7'h77};
    init_data[495] = {1'b1,  8'h14};
    init_data[496] = {1'b1,  8'h00}; // write 0x00 to 0x0a14
    init_data[497] = {2'b01, 7'h77};
    init_data[498] = {1'b1,  8'h1a};
    init_data[499] = {1'b1,  8'h00}; // write 0x00 to 0x0a1a
    init_data[500] = {2'b01, 7'h77};
    init_data[501] = {1'b1,  8'h20};
    init_data[502] = {1'b1,  8'h00}; // write 0x00 to 0x0a20
    init_data[503] = {2'b01, 7'h77};
    init_data[504] = {1'b1,  8'h26};
    init_data[505] = {1'b1,  8'h00}; // write 0x00 to 0x0a26
    init_data[506] = {2'b01, 7'h77};
    init_data[507] = {1'b1,  8'h2c};
    init_data[508] = {1'b1,  8'h00}; // write 0x00 to 0x0a2c
    init_data[509] = {2'b01, 7'h77};
    init_data[510] = {1'b1,  8'h01};
    init_data[511] = {1'b1,  8'h0b}; // set page 0x0b
    init_data[512] = {2'b01, 7'h77};
    init_data[513] = {1'b1,  8'h44};
    init_data[514] = {1'b1,  8'h0f}; // write 0x0f to 0x0b44
    init_data[515] = {2'b01, 7'h77};
    init_data[516] = {1'b1,  8'h4a};
    init_data[517] = {1'b1,  8'h00}; // write 0x00 to 0x0b4a
    init_data[518] = {2'b01, 7'h77};
    init_data[519] = {1'b1,  8'h57};
    init_data[520] = {1'b1,  8'ha5}; // write 0xa5 to 0x0b57
    init_data[521] = {1'b1,  8'h00}; // write 0x00 to 0x0b58
    // End configuration registers
    // 
    // Start configuration postamble
    init_data[522] = {2'b01, 7'h77};
    init_data[523] = {1'b1,  8'h01};
    init_data[524] = {1'b1,  8'h00}; // set page 0x00
    init_data[525] = {2'b01, 7'h77};
    init_data[526] = {1'b1,  8'h1c};
    init_data[527] = {1'b1,  8'h01}; // write 0x01 to 0x001c
    init_data[528] = {2'b01, 7'h77};
    init_data[529] = {1'b1,  8'h01};
    init_data[530] = {1'b1,  8'h0b}; // set page 0x0b
    init_data[531] = {2'b01, 7'h77};
    init_data[532] = {1'b1,  8'h24};
    init_data[533] = {1'b1,  8'hc3}; // write 0xc3 to 0x0b24
    init_data[534] = {1'b1,  8'h02}; // write 0x02 to 0x0b25
    // End configuration postamble
    init_data[535] = 9'd0; // end
end

localparam [3:0]
    STATE_IDLE = 3'd0,
    STATE_RUN = 3'd1,
    STATE_TABLE_1 = 3'd2,
    STATE_TABLE_2 = 3'd3,
    STATE_TABLE_3 = 3'd4;

reg [4:0] state_reg = STATE_IDLE, state_next;

parameter AW = $clog2(INIT_DATA_LEN);

reg [8:0] init_data_reg = 9'd0;

reg [AW-1:0] address_reg = {AW{1'b0}}, address_next;
reg [AW-1:0] address_ptr_reg = {AW{1'b0}}, address_ptr_next;
reg [AW-1:0] data_ptr_reg = {AW{1'b0}}, data_ptr_next;

reg [6:0] cur_address_reg = 7'd0, cur_address_next;

reg [31:0] delay_counter_reg = 32'd0, delay_counter_next;

reg [6:0] m_axis_cmd_address_reg = 7'd0, m_axis_cmd_address_next;
reg m_axis_cmd_start_reg = 1'b0, m_axis_cmd_start_next;
reg m_axis_cmd_write_reg = 1'b0, m_axis_cmd_write_next;
reg m_axis_cmd_stop_reg = 1'b0, m_axis_cmd_stop_next;
reg m_axis_cmd_valid_reg = 1'b0, m_axis_cmd_valid_next;

reg [7:0] m_axis_data_tdata_reg = 8'd0, m_axis_data_tdata_next;
reg m_axis_data_tvalid_reg = 1'b0, m_axis_data_tvalid_next;

reg start_flag_reg = 1'b0, start_flag_next;

reg busy_reg = 1'b0;

assign m_axis_cmd_address = m_axis_cmd_address_reg;
assign m_axis_cmd_start = m_axis_cmd_start_reg;
assign m_axis_cmd_read = 1'b0;
assign m_axis_cmd_write = m_axis_cmd_write_reg;
assign m_axis_cmd_write_multiple = 1'b0;
assign m_axis_cmd_stop = m_axis_cmd_stop_reg;
assign m_axis_cmd_valid = m_axis_cmd_valid_reg;

assign m_axis_data_tdata = m_axis_data_tdata_reg;
assign m_axis_data_tvalid = m_axis_data_tvalid_reg;
assign m_axis_data_tlast = 1'b1;

assign busy = busy_reg;

always @* begin
    state_next = STATE_IDLE;

    address_next = address_reg;
    address_ptr_next = address_ptr_reg;
    data_ptr_next = data_ptr_reg;

    cur_address_next = cur_address_reg;

    delay_counter_next = delay_counter_reg;

    m_axis_cmd_address_next = m_axis_cmd_address_reg;
    m_axis_cmd_start_next = m_axis_cmd_start_reg & ~(m_axis_cmd_valid & m_axis_cmd_ready);
    m_axis_cmd_write_next = m_axis_cmd_write_reg & ~(m_axis_cmd_valid & m_axis_cmd_ready);
    m_axis_cmd_stop_next = m_axis_cmd_stop_reg & ~(m_axis_cmd_valid & m_axis_cmd_ready);
    m_axis_cmd_valid_next = m_axis_cmd_valid_reg & ~m_axis_cmd_ready;

    m_axis_data_tdata_next = m_axis_data_tdata_reg;
    m_axis_data_tvalid_next = m_axis_data_tvalid_reg & ~m_axis_data_tready;

    start_flag_next = start_flag_reg;

    if (m_axis_cmd_valid | m_axis_data_tvalid) begin
        // wait for output registers to clear
        state_next = state_reg;
    end else if (delay_counter_reg != 0) begin
        // delay
        delay_counter_next = delay_counter_reg - 1;
        state_next = state_reg;
    end else begin
        case (state_reg)
            STATE_IDLE: begin
                // wait for start signal
                if (~start_flag_reg & start) begin
                    address_next = {AW{1'b0}};
                    start_flag_next = 1'b1;
                    state_next = STATE_RUN;
                end else begin
                    state_next = STATE_IDLE;
                end
            end
            STATE_RUN: begin
                // process commands
                if (init_data_reg[8] == 1'b1) begin
                    // write data
                    m_axis_cmd_write_next = 1'b1;
                    m_axis_cmd_stop_next = 1'b0;
                    m_axis_cmd_valid_next = 1'b1;

                    m_axis_data_tdata_next = init_data_reg[7:0];
                    m_axis_data_tvalid_next = 1'b1;

                    address_next = address_reg + 1;

                    state_next = STATE_RUN;
                end else if (init_data_reg[8:7] == 2'b01) begin
                    // write address
                    m_axis_cmd_address_next = init_data_reg[6:0];
                    m_axis_cmd_start_next = 1'b1;

                    address_next = address_reg + 1;

                    state_next = STATE_RUN;
                end else if (init_data_reg[8:4] == 5'b00001) begin
                    // delay
                    delay_counter_next = 32'd1 << (init_data_reg[3:0]+16);

                    address_next = address_reg + 1;

                    state_next = STATE_RUN;
                end else if (init_data_reg == 9'b001000001) begin
                    // send stop
                    m_axis_cmd_write_next = 1'b0;
                    m_axis_cmd_start_next = 1'b0;
                    m_axis_cmd_stop_next = 1'b1;
                    m_axis_cmd_valid_next = 1'b1;

                    address_next = address_reg + 1;

                    state_next = STATE_RUN;
                end else if (init_data_reg == 9'b000001001) begin
                    // data table start
                    data_ptr_next = address_reg + 1;
                    address_next = address_reg + 1;
                    state_next = STATE_TABLE_1;
                end else if (init_data_reg == 9'd0) begin
                    // stop
                    m_axis_cmd_start_next = 1'b0;
                    m_axis_cmd_write_next = 1'b0;
                    m_axis_cmd_stop_next = 1'b1;
                    m_axis_cmd_valid_next = 1'b1;

                    state_next = STATE_IDLE;
                end else begin
                    // invalid command, skip
                    address_next = address_reg + 1;
                    state_next = STATE_RUN;
                end
            end
            STATE_TABLE_1: begin
                // find address table start
                if (init_data_reg == 9'b000001000) begin
                    // address table start
                    address_ptr_next = address_reg + 1;
                    address_next = address_reg + 1;
                    state_next = STATE_TABLE_2;
                end else if (init_data_reg == 9'b000001001) begin
                    // data table start
                    data_ptr_next = address_reg + 1;
                    address_next = address_reg + 1;
                    state_next = STATE_TABLE_1;
                end else if (init_data_reg == 1) begin
                    // exit mode
                    address_next = address_reg + 1;
                    state_next = STATE_RUN;
                end else if (init_data_reg == 9'd0) begin
                    // stop
                    m_axis_cmd_start_next = 1'b0;
                    m_axis_cmd_write_next = 1'b0;
                    m_axis_cmd_stop_next = 1'b1;
                    m_axis_cmd_valid_next = 1'b1;

                    state_next = STATE_IDLE;
                end else begin
                    // invalid command, skip
                    address_next = address_reg + 1;
                    state_next = STATE_TABLE_1;
                end
            end
            STATE_TABLE_2: begin
                // find next address
                if (init_data_reg[8:7] == 2'b01) begin
                    // write address command
                    // store address and move to data table
                    cur_address_next = init_data_reg[6:0];
                    address_ptr_next = address_reg + 1;
                    address_next = data_ptr_reg;
                    state_next = STATE_TABLE_3;
                end else if (init_data_reg == 9'b000001001) begin
                    // data table start
                    data_ptr_next = address_reg + 1;
                    address_next = address_reg + 1;
                    state_next = STATE_TABLE_1;
                end else if (init_data_reg == 9'd1) begin
                    // exit mode
                    address_next = address_reg + 1;
                    state_next = STATE_RUN;
                end else if (init_data_reg == 9'd0) begin
                    // stop
                    m_axis_cmd_start_next = 1'b0;
                    m_axis_cmd_write_next = 1'b0;
                    m_axis_cmd_stop_next = 1'b1;
                    m_axis_cmd_valid_next = 1'b1;

                    state_next = STATE_IDLE;
                end else begin
                    // invalid command, skip
                    address_next = address_reg + 1;
                    state_next = STATE_TABLE_2;
                end
            end
            STATE_TABLE_3: begin
                // process data table with selected address
                if (init_data_reg[8] == 1'b1) begin
                    // write data
                    m_axis_cmd_write_next = 1'b1;
                    m_axis_cmd_stop_next = 1'b0;
                    m_axis_cmd_valid_next = 1'b1;

                    m_axis_data_tdata_next = init_data_reg[7:0];
                    m_axis_data_tvalid_next = 1'b1;

                    address_next = address_reg + 1;

                    state_next = STATE_TABLE_3;
                end else if (init_data_reg[8:7] == 2'b01) begin
                    // write address
                    m_axis_cmd_address_next = init_data_reg[6:0];
                    m_axis_cmd_start_next = 1'b1;

                    address_next = address_reg + 1;

                    state_next = STATE_TABLE_3;
                end else if (init_data_reg == 9'b000000011) begin
                    // write current address
                    m_axis_cmd_address_next = cur_address_reg;
                    m_axis_cmd_start_next = 1'b1;

                    address_next = address_reg + 1;

                    state_next = STATE_TABLE_3;
                end else if (init_data_reg == 9'b001000001) begin
                    // send stop
                    m_axis_cmd_write_next = 1'b0;
                    m_axis_cmd_start_next = 1'b0;
                    m_axis_cmd_stop_next = 1'b1;
                    m_axis_cmd_valid_next = 1'b1;

                    address_next = address_reg + 1;

                    state_next = STATE_TABLE_3;
                end else if (init_data_reg == 9'b000001001) begin
                    // data table start
                    data_ptr_next = address_reg + 1;
                    address_next = address_reg + 1;
                    state_next = STATE_TABLE_1;
                end else if (init_data_reg == 9'b000001000) begin
                    // address table start
                    address_next = address_ptr_reg;
                    state_next = STATE_TABLE_2;
                end else if (init_data_reg == 9'd1) begin
                    // exit mode
                    address_next = address_reg + 1;
                    state_next = STATE_RUN;
                end else if (init_data_reg == 9'd0) begin
                    // stop
                    m_axis_cmd_start_next = 1'b0;
                    m_axis_cmd_write_next = 1'b0;
                    m_axis_cmd_stop_next = 1'b1;
                    m_axis_cmd_valid_next = 1'b1;

                    state_next = STATE_IDLE;
                end else begin
                    // invalid command, skip
                    address_next = address_reg + 1;
                    state_next = STATE_TABLE_3;
                end
            end
        endcase
    end
end

always @(posedge clk) begin
    state_reg <= state_next;

    // read init_data ROM
    init_data_reg <= init_data[address_next];

    address_reg <= address_next;
    address_ptr_reg <= address_ptr_next;
    data_ptr_reg <= data_ptr_next;

    cur_address_reg <= cur_address_next;

    delay_counter_reg <= delay_counter_next;

    m_axis_cmd_address_reg <= m_axis_cmd_address_next;
    m_axis_cmd_start_reg <= m_axis_cmd_start_next;
    m_axis_cmd_write_reg <= m_axis_cmd_write_next;
    m_axis_cmd_stop_reg <= m_axis_cmd_stop_next;
    m_axis_cmd_valid_reg <= m_axis_cmd_valid_next;

    m_axis_data_tdata_reg <= m_axis_data_tdata_next;
    m_axis_data_tvalid_reg <= m_axis_data_tvalid_next;

    start_flag_reg <= start & start_flag_next;

    busy_reg <= (state_reg != STATE_IDLE);

    if (rst) begin
        state_reg <= STATE_IDLE;

        init_data_reg <= 9'd0;

        address_reg <= {AW{1'b0}};
        address_ptr_reg <= {AW{1'b0}};
        data_ptr_reg <= {AW{1'b0}};

        cur_address_reg <= 7'd0;

        delay_counter_reg <= 32'd0;

        m_axis_cmd_valid_reg <= 1'b0;

        m_axis_data_tvalid_reg <= 1'b0;

        start_flag_reg <= 1'b0;

        busy_reg <= 1'b0;
    end
end

endmodule